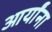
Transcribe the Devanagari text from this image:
आर्यांना